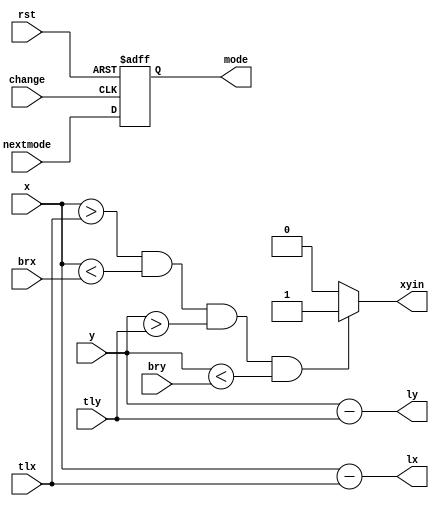
module space(input[9:0] tlx, input [9:0] tly, input[9:0] brx, input[9:0] bry,
    input rst, input change, input[9:0] x, input[9:0] y, input[1:0] nextmode,
    output[9:0] lx, output[9:0] ly, output xyin, output[1:0] mode
    );

    
    reg[1:0] state; //00 -> empty, 01 -> x, 10 -> o, 11 -> invalid

    always@(posedge change, negedge rst) begin
        if(~rst)begin
            state <= 2'b00;
        end
        else if(change) begin
            state <= nextmode;
        end

    end

    assign mode = state;
    assign xyin = (x > tlx && x < brx && y > tly && y < bry) ? 1'b1 : 1'b0;
    assign lx = x - tlx;
    assign ly = y - tly;

endmodule